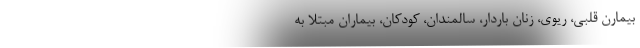
بیمارن قلبی، ریوی، زنان باردار، سالمندان، کودکان، بیماران مبتلا به